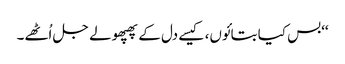
‘‘بس کیا بتائوں، کیسے دل کے پھپھولے جل اُٹھے۔